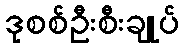
ဒုစစ်ဦးစီးချုပ်